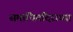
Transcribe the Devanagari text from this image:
समाधिमंदिराच्या